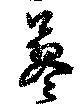
蓼